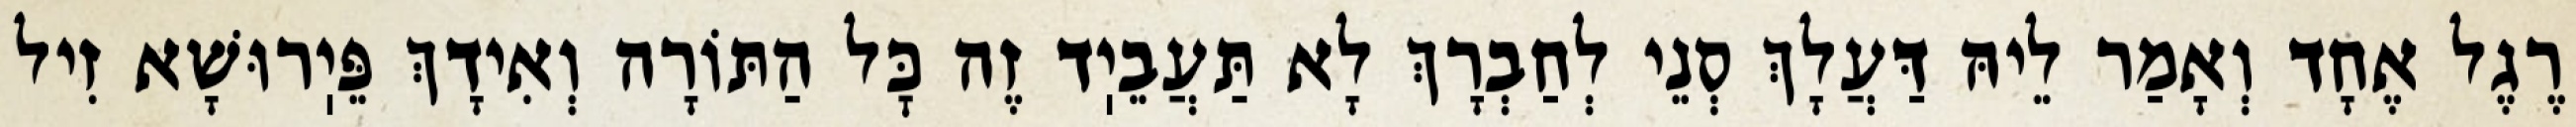
רֶגֶל אֶחָד וְאָמַר לֵיהּ דַּעֲלָךְ סְנֵי לְחַבְרָךְ לָא תַּעֲבֵיֽד זֶה כׇּל הַתּוֹרָה וְאִידָךְ פֵּיֽרוּשָׁא זִיל